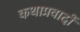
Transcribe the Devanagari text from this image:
कथाप्रवादों